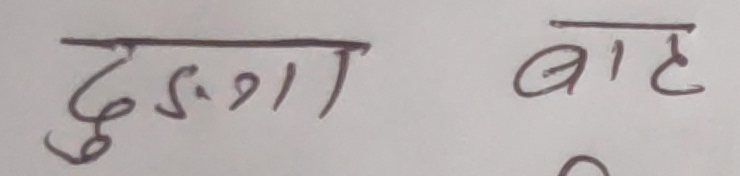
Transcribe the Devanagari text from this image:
दश वाट